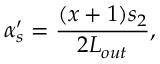
\alpha _ { s } ^ { \prime } = \frac { ( x + 1 ) s _ { 2 } } { 2 L _ { o u t } } ,